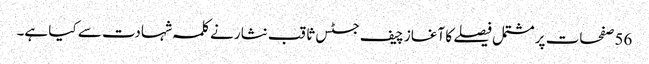
56 صفحات پر مشتمل فیصلے کا آغاز چیف جسٹس ثاقب نثار نے کلمہ شہادت سے کیا ہے۔